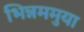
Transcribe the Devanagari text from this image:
भिन्नममुया